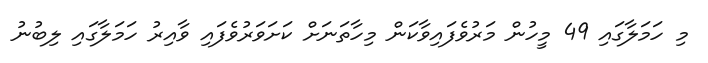
މި ހަމަލާގައި 49 މީހުން މަރުވެފައިވާކަން މިހާތަނަށް ކަށަވަރުވެފައި ވާއިރު ހަމަލާގައި ލިބުނު